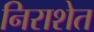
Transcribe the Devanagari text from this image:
निराशेत